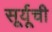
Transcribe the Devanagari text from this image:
सूर्यूची